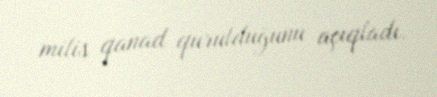
milis qanad qurulduğunu açıqladı.